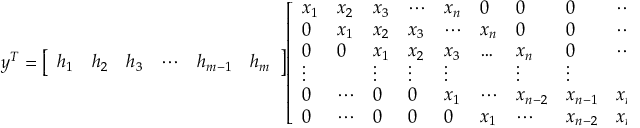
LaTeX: y ^ { T } = { \left[ \begin{array} { l l l l l l } { h _ { 1 } } & { h _ { 2 } } & { h _ { 3 } } & { \cdots } & { h _ { m - 1 } } & { h _ { m } } \end{array} \right] } { \left[ \begin{array} { l l l l l l l l l l } { x _ { 1 } } & { x _ { 2 } } & { x _ { 3 } } & { \cdots } & { x _ { n } } & { 0 } & { 0 } & { 0 } & { \cdots } & { 0 } \\ { 0 } & { x _ { 1 } } & { x _ { 2 } } & { x _ { 3 } } & { \cdots } & { x _ { n } } & { 0 } & { 0 } & { \cdots } & { 0 } \\ { 0 } & { 0 } & { x _ { 1 } } & { x _ { 2 } } & { x _ { 3 } } & { \ldots } & { x _ { n } } & { 0 } & { \cdots } & { 0 } \\ { \vdots } & { } & { \vdots } & { \vdots } & { \vdots } & { } & { \vdots } & { \vdots } & { } & { \vdots } \\ { 0 } & { \cdots } & { 0 } & { 0 } & { x _ { 1 } } & { \cdots } & { x _ { n - 2 } } & { x _ { n - 1 } } & { x _ { n } } & { 0 } \\ { 0 } & { \cdots } & { 0 } & { 0 } & { 0 } & { x _ { 1 } } & { \cdots } & { x _ { n - 2 } } & { x _ { n - 1 } } & { x _ { n } } \end{array} \right] } .